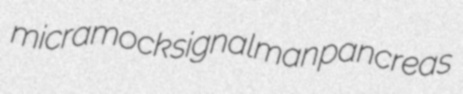
micramock signalman pancreas